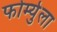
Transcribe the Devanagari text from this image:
फोर्म्युला